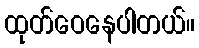
ထုတ်ဝေနေပါတယ်။